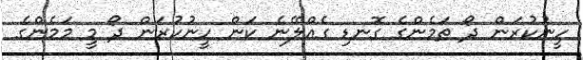
ހީނުކުރަން ދޯ ތަމެންގެ ގޮނޑި ގެއްލޭނެ ކަން ހީނުކުރަން ދޯ މީ މަމެންގެ